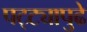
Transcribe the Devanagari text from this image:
पट्ट्यापुढे